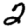
Digit: 2